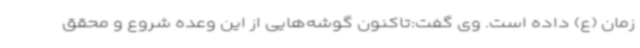
زمان (ع) داده است. وی گفت:تاکنون گوشه‌هایی از این وعده شروع و محقق